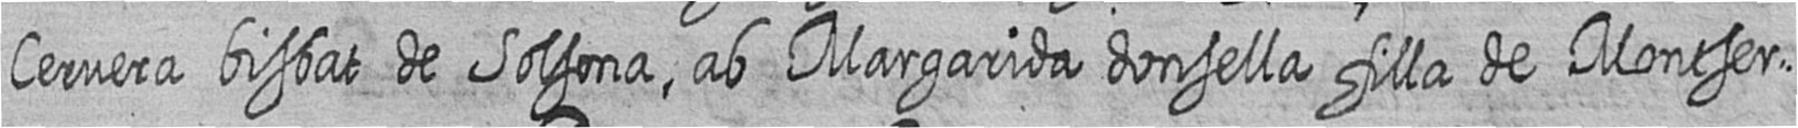
Cervera bisbat de Solsona ab Margarida donsella filla de Montser=